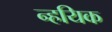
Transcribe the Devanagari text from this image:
न्हयिक